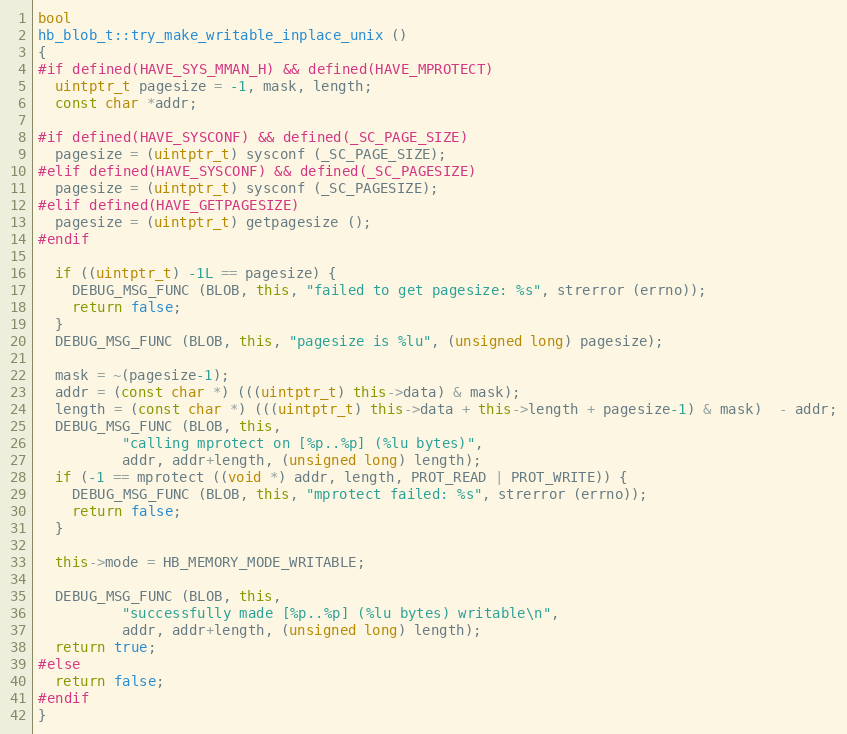
Language: C++
bool
hb_blob_t::try_make_writable_inplace_unix ()
{
#if defined(HAVE_SYS_MMAN_H) && defined(HAVE_MPROTECT)
  uintptr_t pagesize = -1, mask, length;
  const char *addr;

#if defined(HAVE_SYSCONF) && defined(_SC_PAGE_SIZE)
  pagesize = (uintptr_t) sysconf (_SC_PAGE_SIZE);
#elif defined(HAVE_SYSCONF) && defined(_SC_PAGESIZE)
  pagesize = (uintptr_t) sysconf (_SC_PAGESIZE);
#elif defined(HAVE_GETPAGESIZE)
  pagesize = (uintptr_t) getpagesize ();
#endif

  if ((uintptr_t) -1L == pagesize) {
    DEBUG_MSG_FUNC (BLOB, this, "failed to get pagesize: %s", strerror (errno));
    return false;
  }
  DEBUG_MSG_FUNC (BLOB, this, "pagesize is %lu", (unsigned long) pagesize);

  mask = ~(pagesize-1);
  addr = (const char *) (((uintptr_t) this->data) & mask);
  length = (const char *) (((uintptr_t) this->data + this->length + pagesize-1) & mask)  - addr;
  DEBUG_MSG_FUNC (BLOB, this,
		  "calling mprotect on [%p..%p] (%lu bytes)",
		  addr, addr+length, (unsigned long) length);
  if (-1 == mprotect ((void *) addr, length, PROT_READ | PROT_WRITE)) {
    DEBUG_MSG_FUNC (BLOB, this, "mprotect failed: %s", strerror (errno));
    return false;
  }

  this->mode = HB_MEMORY_MODE_WRITABLE;

  DEBUG_MSG_FUNC (BLOB, this,
		  "successfully made [%p..%p] (%lu bytes) writable\n",
		  addr, addr+length, (unsigned long) length);
  return true;
#else
  return false;
#endif
}